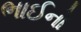
ભાઈનો